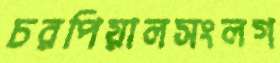
চরপিয়ালসংলগ